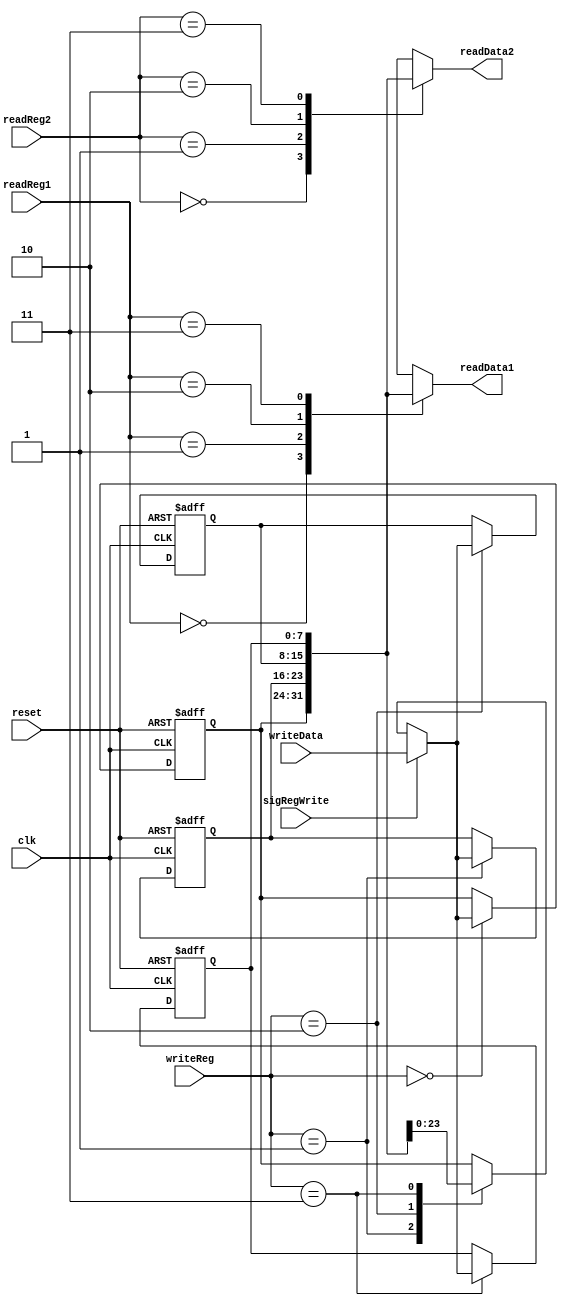
`timescale 1ns / 1ps

module Register
  (
   input       reset,
   input       clk,
   input       sigRegWrite,
   input [1:0] readReg1,
   input [1:0] readReg2,
   input [1:0] writeReg,
   input [7:0] writeData,
   output [7:0] readData1,
   output [7:0] readData2
   );

   reg [7:0]    registers[3:0];

   assign readData1 = registers[readReg1];
   assign readData2 = registers[readReg2];

//   integer      ind0;
   integer      ind1;

/* Maybe Make Error
   initial
     begin
        for (ind0 = 0; ind0 < 4; ind0 = ind0 + 1)
          registers[ind0] <= 8'b0;
     end
*/

   always @(posedge clk or posedge reset)
     begin
        if (reset)
          begin
             for (ind1 = 0; ind1 < 4; ind1 = ind1 + 1)
               registers[ind1] <= 8'b0;
          end
        else
          begin
             registers[writeReg] <= (sigRegWrite?writeData:registers[writeReg]);
          end
     end

endmodule // Register